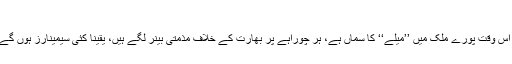
تجزیہ کار : علی احمد ڈھلواں
آج یوم یکجہتی کشمیر کے موقع پر اس وقت پورے ملک میں ’’میلے‘‘ کا سماں ہے، ہر چوراہے پر بھارت کے خلاف مذمتی بینر لگے ہیں، یقینا کئی سیمینارز ہوں گے، جلسے جلوسوں کی بھرمار ہوگی۔